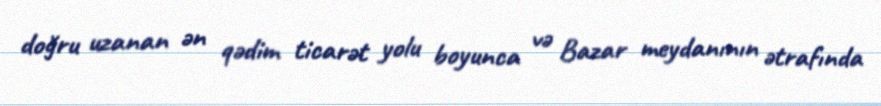
doğru uzanan ən qədim ticarət yolu boyunca və Bazar meydanının ətrafında